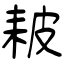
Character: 耚